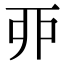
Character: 丣